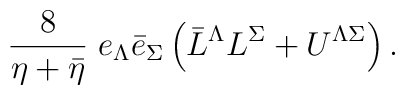
\frac{8}{\eta + \bar \eta} \;  e_{\Lambda} \bar{e}_{\Sigma}\left(\bar L^\Lambda  L^\Sigma + U^{\Lambda \Sigma}\right).